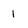
Character: 1